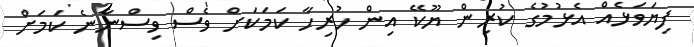
ފިޔަވަޅެއް އެޅުމުގެ ކުރިން ޔޫކޭ އިން ހުރިހާ ކަމަކަށް ވެސް ވިސްނާނެ ކަމަށް